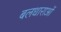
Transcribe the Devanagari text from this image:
बलधाराओं